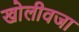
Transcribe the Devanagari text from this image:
खोलीवजा